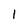
Character: l